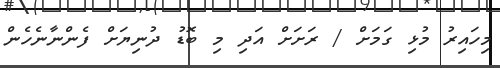
މިހައިރު މުޅި ގަމަށް / ރަށަށް އަދި މި ބޮޑު ދުނިޔަށް ފެންނާނެހެން